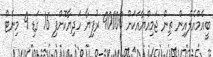
ބީއެމްއެލްއިން ތިން ޖަމިއްޔާއަކަށް 90000 ރުފިޔާ ހަދިޔާކޮށްފި 16 ގަޑި 9 މިނެޓް